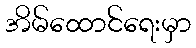
အိမ်ထောင်ရေးမှာ